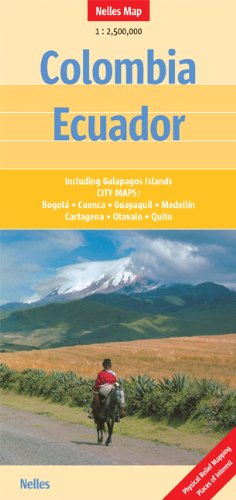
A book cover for Colombia/ Ecuador Nelles Travel Map 1:2.5M - 2014 (English, French and German Edition); Nelles Verlag GmbH; Travel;